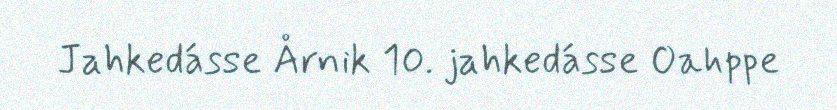
Jahkedásse Årnik 10. jahkedásse Oahppe